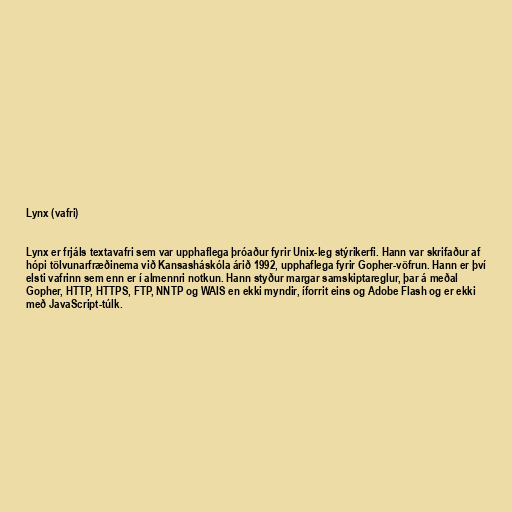
Lynx (vafri)

Lynx er frjáls textavafri sem var upphaflega þróaður fyrir Unix-leg stýrikerfi. Hann var skrifaður af
hópi tölvunarfræðinema við Kansasháskóla árið 1992, upphaflega fyrir Gopher-vöfrun. Hann er því
elsti vafrinn sem enn er í almennri notkun. Hann styður margar samskiptareglur, þar á meðal
Gopher, HTTP, HTTPS, FTP, NNTP og WAIS en ekki myndir, íforrit eins og Adobe Flash og er ekki
með JavaScript-túlk.